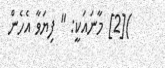
)[2] މާނައަކީ: " ފިޔަވާ އެހެން